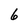
Character: 6